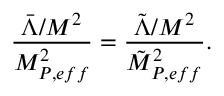
\frac { \bar { \Lambda } / M ^ { 2 } } { M _ { P , e f f } ^ { 2 } } = \frac { \tilde { \Lambda } / M ^ { 2 } } { \tilde { M } _ { P , e f f } ^ { 2 } } .